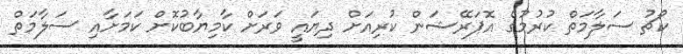
ކޯޗު ސަލާމަތް ކުރުމުގެ އޮޕަރޭޝަން ކުރިއަށް ދިޔައީ ވަރަށް ކާމިޔާބުކޮށް ކަމަށާއި ސަލާމަތް